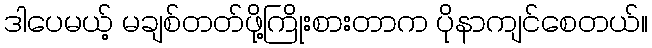
ဒါပေမယ့် မချစ်တတ်ဖို့ကြိုးစားတာက ပိုနာကျင်စေတယ်။